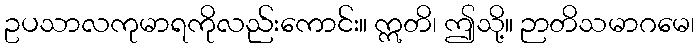
ဥပသာလကုမာရကိုလည်းကောင်း။ ဣတိ၊ ဤသို့။ ဉာတိသမာဂမေ၊